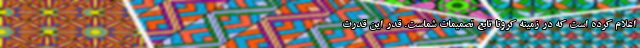
اعلام کرده است که در زمینه کرونا تابع تصمیمات شماست. قدر این قدرت